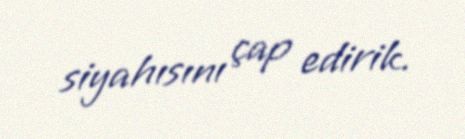
siyahısını çap edirik.